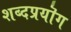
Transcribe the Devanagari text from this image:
शब्दप्रयॊग